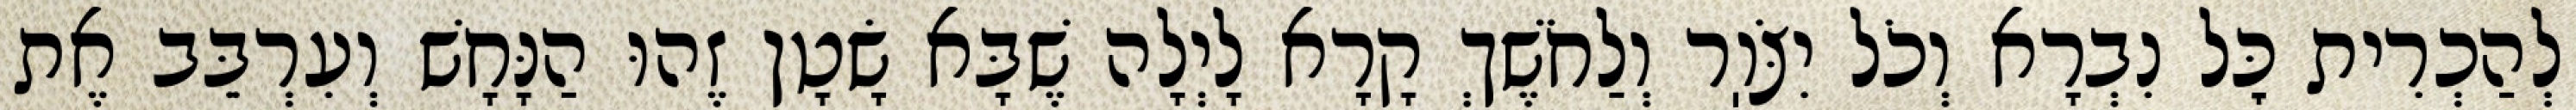
לְהַכְרִית כׇּל נִבְרָא וְכֹל יִצֹּוֽר וְלַחֹשֶׁךְ קָרָא לָיְלָה שֶׁבָּא שָׂטָן זֶהוּ הַנָּחָשׁ וְעִרְבֵּב אֶת